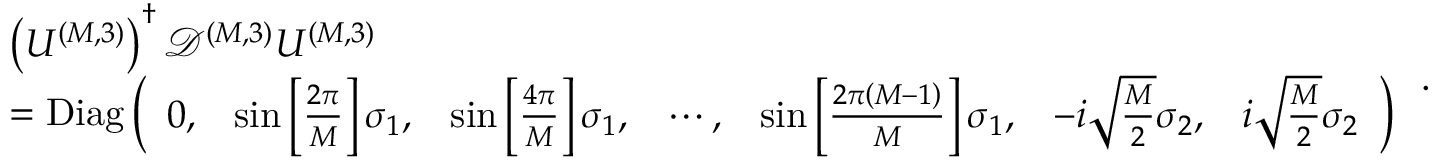
\begin{array} { r l } & { \left( U ^ { ( M , 3 ) } \right) ^ { \dagger } \mathcal { D } ^ { ( M , 3 ) } U ^ { ( M , 3 ) } } \\ & { = \mathrm { D i a g } \left( \begin{array} { l l l l l l l } { 0 , } & { \sin \left[ \frac { 2 \pi } { M } \right] \sigma _ { 1 } , } & { \sin \left[ \frac { 4 \pi } { M } \right] \sigma _ { 1 } , } & { \cdots , } & { \sin \left[ \frac { 2 \pi \left( M - 1 \right) } { M } \right] \sigma _ { 1 } , } & { - i \sqrt { \frac { M } { 2 } } \sigma _ { 2 } , } & { i \sqrt { \frac { M } { 2 } } \sigma _ { 2 } } \end{array} \right) } \end{array} \, .